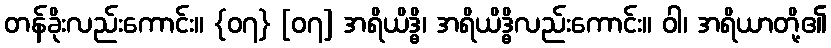
တန်ခိုးလည်းကောင်း။ {၀၇} [၀၇] အရိယိဒ္ဓိ၊ အရိယိဒ္ဓိလည်းကောင်း။ ဝါ၊ အရိယာတို့၏